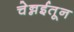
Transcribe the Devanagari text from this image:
चेन्नईतून